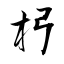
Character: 杛